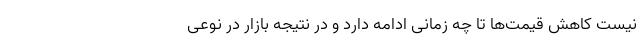
نیست کاهش قیمت‌ها تا چه زمانی ادامه دارد و در نتیجه بازار در نوعی